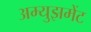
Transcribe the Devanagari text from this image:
अम्युझमेंट